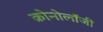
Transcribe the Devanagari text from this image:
क्रोनोलॉजी